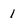
Character: 1